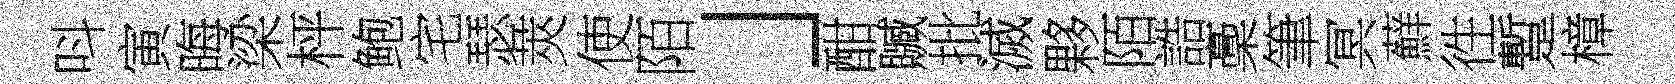
呌寅晦梁枰鲍宅瑟莢使陌」酣贓批滅夥陌誥稾筆冥蘚徃蹔樟